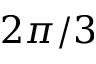
2 \pi / 3